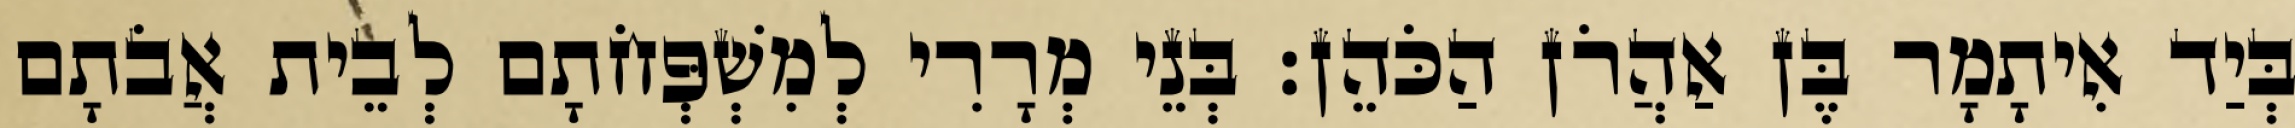
בְּיַד אִיתָמָר בֶּן אַהֲרֹן הַכֹּהֵן׃ בְּנֵי מְרָרִי לְמִשְׁפְּחֹתָם לְבֵית אֲבֹתָם